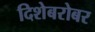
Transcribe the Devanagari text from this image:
दिशेबरोबर